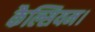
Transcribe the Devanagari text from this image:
कैल्सियम।